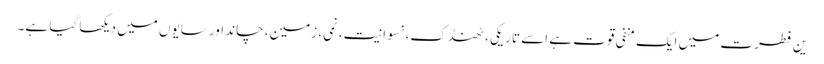
ین فطرت میں ایک منفی قوت ہے اسے تاریکی، ٹھنڈک، نسوانیت، نمی، زمین، چاند اور سایوں میں دیکھا گیا ہے۔